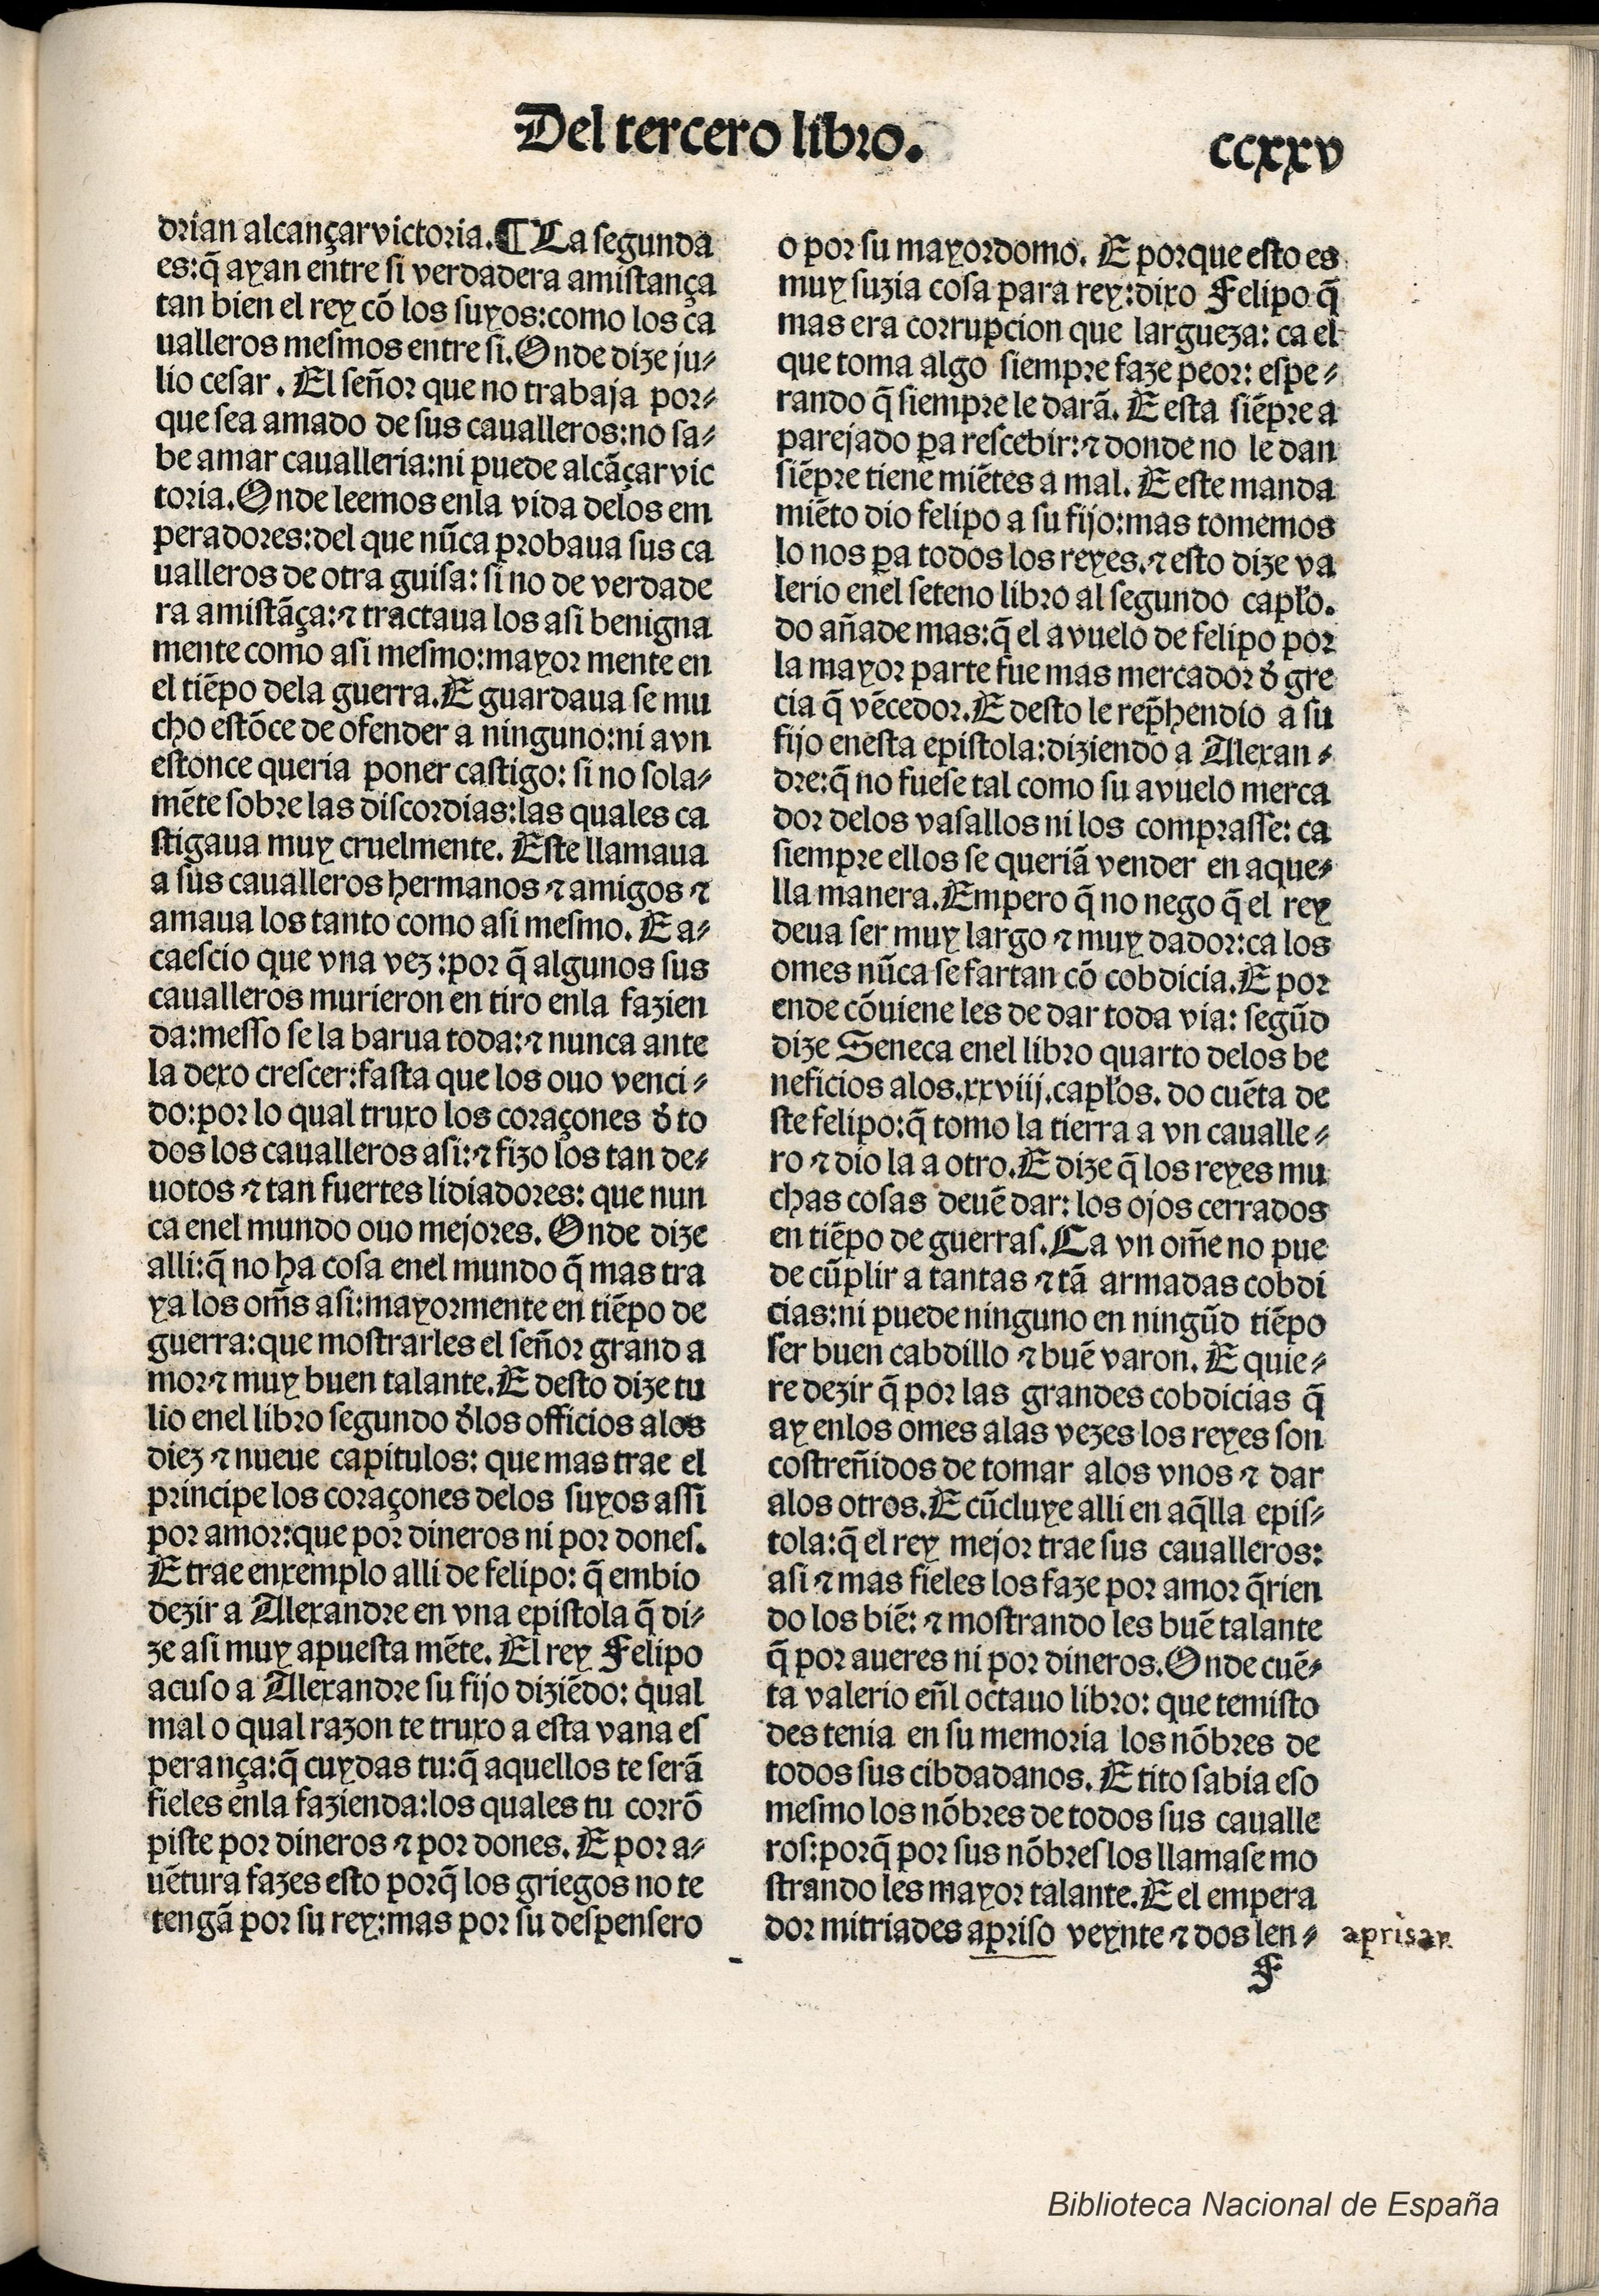
Shelfmark: Madrid, BNE, Inc. 901
Century: 15